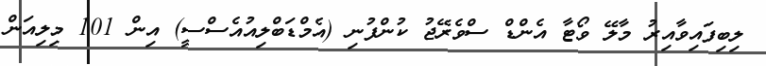
ލިބިފައިވާއިރު މާލޭ ވޯޓާ އެންޑް ސްވެރޭޖު ކުންފުނި (އެމްޑަބްލިއުއެސްސީ) އިން 101 މިލިއަން